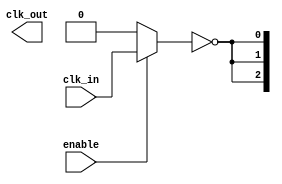
module ClockTreeBuffer (
    input wire clk_in,          // Input clock signal
    input wire enable,          // Enable signal for power management
    output wire [N-1:0] clk_out // Output clock signals (N outputs)
);
    parameter N = 4;            // Number of output drivers
    parameter STAGES = 3;       // Number of buffer stages
    parameter BUFFER_SIZE = 2;  // Size of each buffer stage

    // Intermediate signals for clock buffering
    wire [STAGES-1:0] clk_buf [0:N-1];

    // Generate multi-stage buffers
    genvar i, j;
    generate
        for (i = 0; i < N; i = i + 1) begin : output_buffer
            // First stage buffer
            assign clk_buf[0][i] = (enable) ? clk_in : 1'b0; // Enable control

            for (j = 1; j < STAGES; j = j + 1) begin : buffer_stages
                // Buffer stage implementation (simple inverter for demonstration)
                assign clk_buf[j][i] = (j % 2 == 0) ? ~clk_buf[j-1][i] : clk_buf[j-1][i];
            end

            // Final output driver
            assign clk_out[i] = clk_buf[STAGES-1][i];
        end
    endgenerate

endmodule